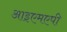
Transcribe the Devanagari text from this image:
आइएमएपी